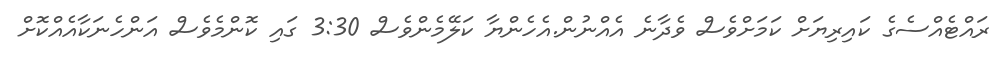
ރައްޓެއްސެގެ ކައިރިޔަށް ކަމަށްވެސް ވެދާނެ އެއްނުން.އެހެންޔާ ކަލޭމެންވެސް 3:30 ގައި ކޮންމެވެސް އަންހެނަކާއެއްކޮށް